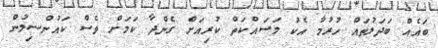
ބައެއް ބަދަލުތައް ހުރުމާ އެކު މަސައްކަތް ކުރިއަށް ގެންދާ ކަމަށް ވެސް ކައުންސިލުން